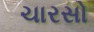
ચારસો